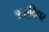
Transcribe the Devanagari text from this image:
ऋतुविहार